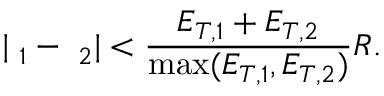
| { \bf \Omega } _ { 1 } - { \bf \Omega } _ { 2 } | < { \frac { { E _ { T , 1 } + E _ { T , 2 } } } { { \mathrm { m a x } ( E _ { T , 1 } , E _ { T , 2 } ) } } } R .